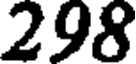
298